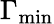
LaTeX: \Gamma_{\mathrm{min}}